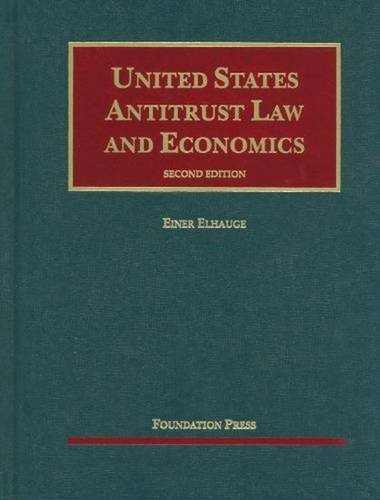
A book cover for s United States Antitrust Law and Economics (University Casebook Series); Einer Elhauge; Law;